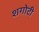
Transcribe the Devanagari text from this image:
शगोटी